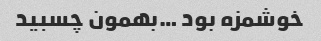
خوشمزه بود …بهمون چسبید